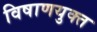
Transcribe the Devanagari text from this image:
विषाणयुक्त